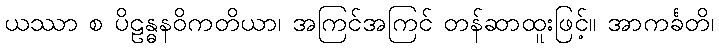
ယဿာ စ ပိဠန္ဓနဝိကတိယာ၊ အကြင်အကြင် တန်ဆာထူးဖြင့်။ အာကင်္ခတိ၊